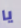
يا